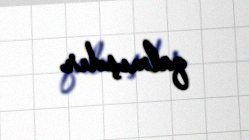
qalmışdır.